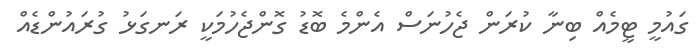
ގައުމީ ޓީމެއް ބިނާ ކުރަން ޖެހުނަސް އެންމެ ބޮޑު ގޮންޖެހުމަކީ ރަނގަޅު ގުރައުންޑެއް